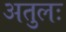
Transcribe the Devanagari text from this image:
अतुलः